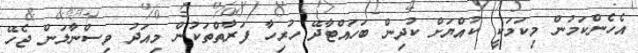
އެހެންކަމުން މިކަމަކީ ކުއްޔަށް ކުދިން ބަހައްޓާދޭ ހުރިހާ ފަރާތްތަކުން މިއަދު ވިސްނާލަން ޖެހޭ